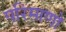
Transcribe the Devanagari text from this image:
परिमाणो